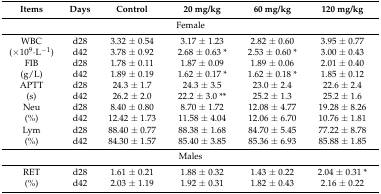
<table><thead><tr><td><b>Items</b></td><td><b>Days</b></td><td><b>Control</b></td><td><b>20 mg/kg</b></td><td><b>60 mg/kg</b></td><td><b>120 mg/kg</b></td></tr></thead><tbody><tr><td colspan="6">Female</td></tr><tr><td>WBC</td><td>d28</td><td>3.32 ± 0.54</td><td>3.17 ± 1.23</td><td>2.82 ± 0.60</td><td>3.95 ± 0.77</td></tr><tr><td>(×10<sup>9</sup>·L<sup>−1</sup>)</td><td>d42</td><td>3.78 ± 0.92</td><td>2.68 ± 0.63 *</td><td>2.53 ± 0.60 *</td><td>3.00 ± 0.43</td></tr><tr><td>FIB</td><td>d28</td><td>1.78 ± 0.11</td><td>1.87 ± 0.09</td><td>1.89 ± 0.06</td><td>2.01 ± 0.40</td></tr><tr><td>(g/L)</td><td>d42</td><td>1.89 ± 0.19</td><td>1.62 ± 0.17 *</td><td>1.62 ± 0.18 *</td><td>1.85 ± 0.12</td></tr><tr><td>APTT</td><td>d28</td><td>24.3 ± 1.7</td><td>24.3 ± 3.5</td><td>23.0 ± 2.4</td><td>22.6 ± 2.4</td></tr><tr><td>(s)</td><td>d42</td><td>26.2 ± 2.0</td><td>22.2 ± 3.0 **</td><td>25.2 ± 1.3</td><td>25.2 ± 1.6</td></tr><tr><td>Neu</td><td>d28</td><td>8.40 ± 0.80</td><td>8.70 ± 1.72</td><td>12.08 ± 4.77</td><td>19.28 ± 8.26</td></tr><tr><td>(%)</td><td>d42</td><td>12.42 ± 1.73</td><td>11.58 ± 4.04</td><td>12.06 ± 6.70</td><td>10.76 ± 1.81</td></tr><tr><td>Lym</td><td>d28</td><td>88.40 ± 0.77</td><td>88.38 ± 1.68</td><td>84.70 ± 5.45</td><td>77.22 ± 8.78</td></tr><tr><td>(%)</td><td>d42</td><td>84.30 ± 1.57</td><td>85.40 ± 3.85</td><td>85.36 ± 6.93</td><td>85.88 ± 1.85</td></tr><tr><td colspan="6">Males</td></tr><tr><td>RET</td><td>d28</td><td>1.61 ± 0.21</td><td>1.88 ± 0.32</td><td>1.43 ± 0.22</td><td>2.04 ± 0.31 *</td></tr><tr><td>(%)</td><td>d42</td><td>2.03 ± 1.19</td><td>1.92 ± 0.31</td><td>1.82 ± 0.43</td><td>2.16 ± 0.22</td></tr></tbody></table>